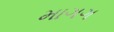
માગગ